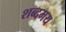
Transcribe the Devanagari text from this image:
शब्दमय